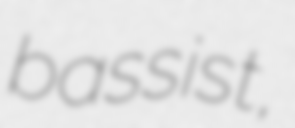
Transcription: bassist,